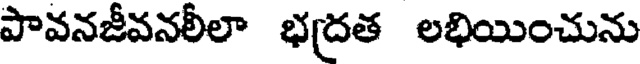
పావనజీవనలీలా భద్రత లభియించును